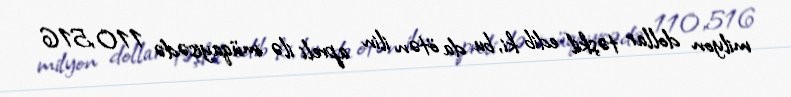
milyon dollar təşkil edib ki, bu da ötən ilin apreli ilə müqayisədə 110,516